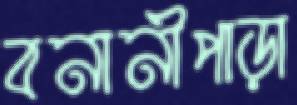
বনানীপাড়া